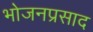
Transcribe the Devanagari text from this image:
भोजनप्रसाद